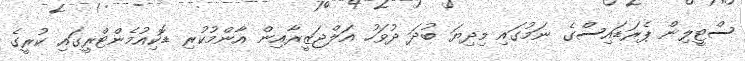
ސްޓީލިން ޕެރަޑައިސްގެ ނަމުގައި މިދިޔަ ބުދަ ދުވަހު އަލްޖަޒީރާއިން އާންމުކުރި ޑޮކިއުމެންޓްރީގައި ކުރީގެ